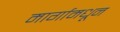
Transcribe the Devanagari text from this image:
मार्गामधून